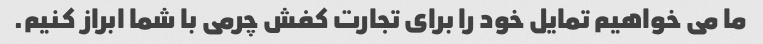
ما می خواهیم تمایل خود را برای تجارت کفش چرمی با شما ابراز کنیم.